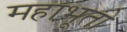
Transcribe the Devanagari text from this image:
महाभूतो